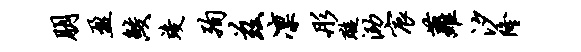
朋盈鲛竣殉兹凛彤璇泐宸萝汐隆